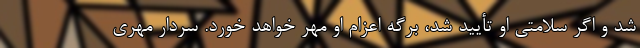
شد و اگر سلامتی او تأیید شد، برگه اعزام او مهر خواهد خورد. سردار مهری